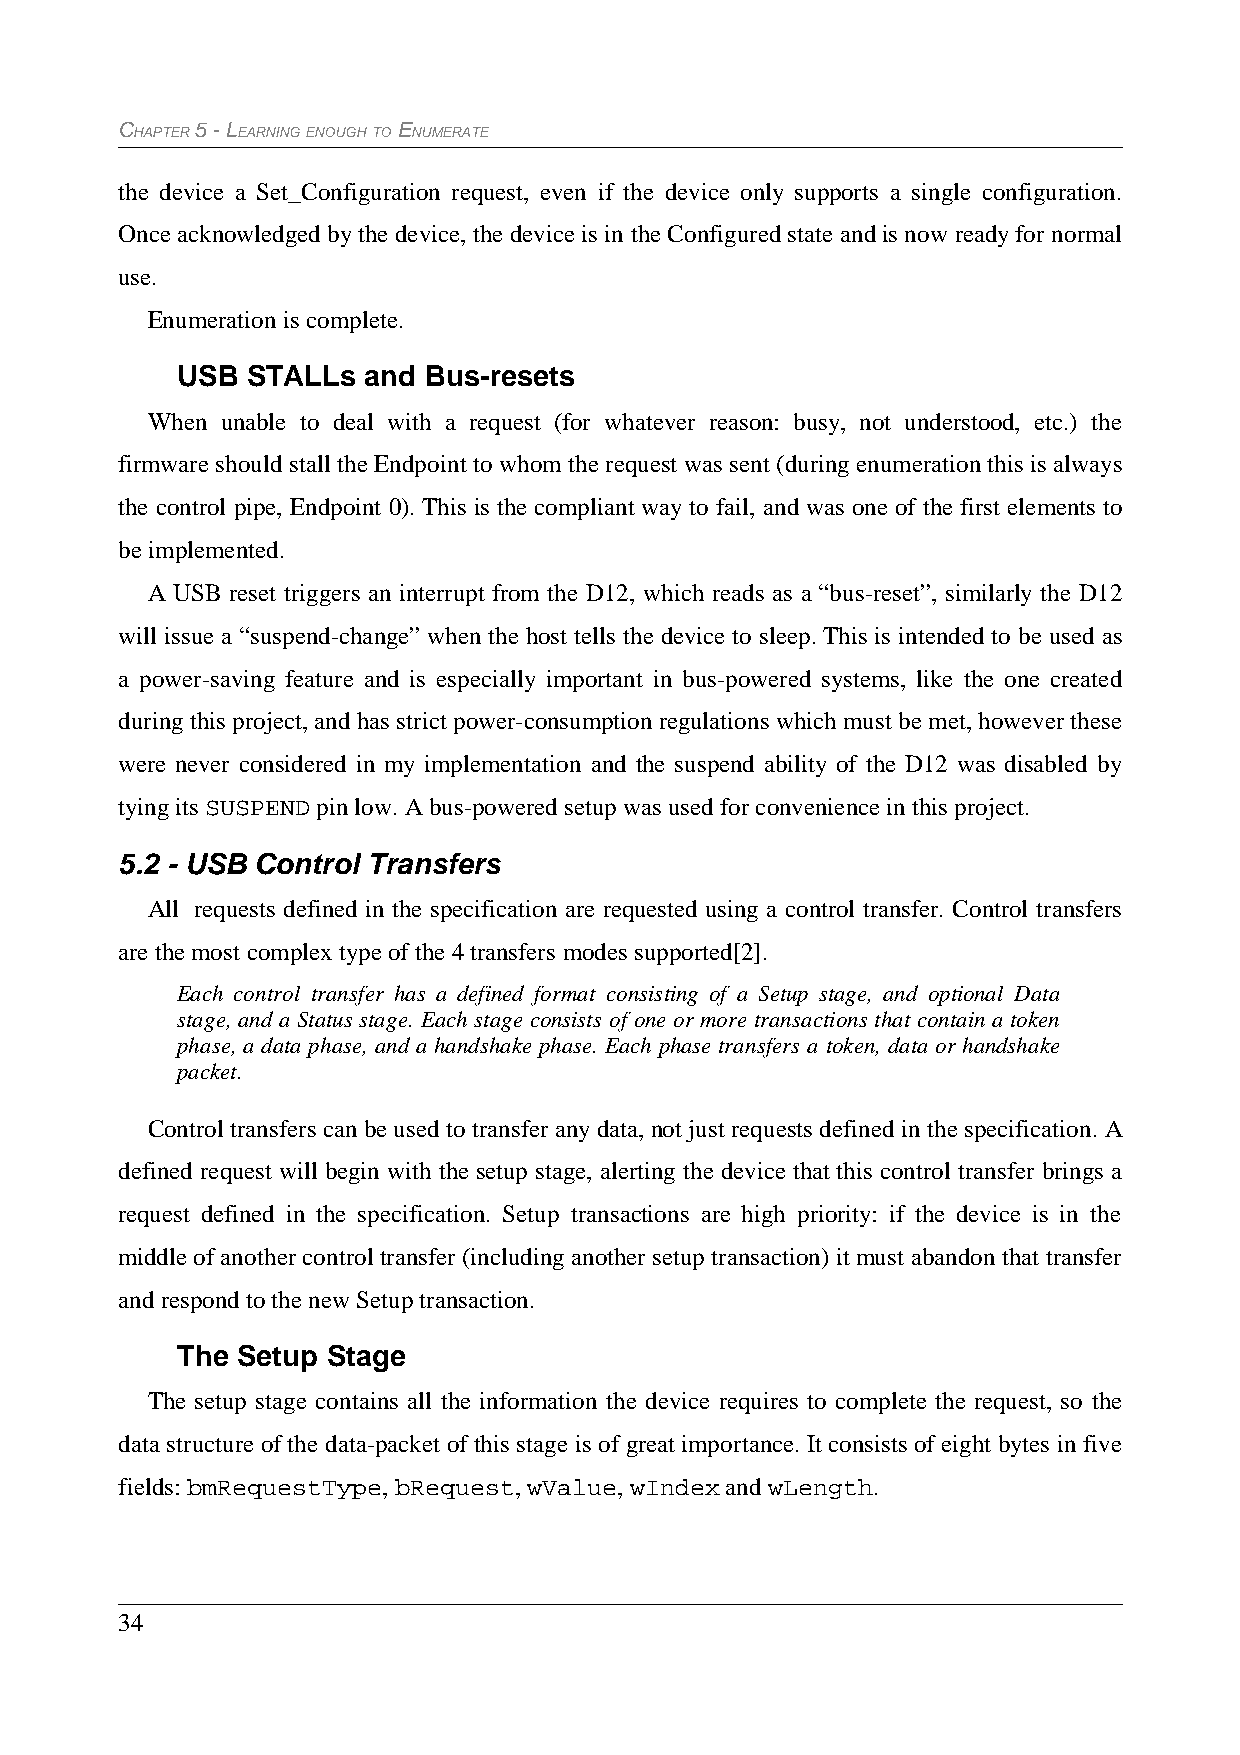
CHAPTER 5 - LEARNING ENOUGH TO ENUMERATE
 the device a Set_Configuration request, even if the device only supports a single configuration.
 Once acknowledged by the device, the device is in the Configured state and is now ready for normal
 use.
 Enumeration is complete.
 USB STALLs  and Bus-resets
 When unable to deal with a request (for whatever reason: busy, not understood, etc.) the
 firmware should stall the Endpoint to whom the request was sent (during enumeration this is always
 the control pipe, Endpoint 0). This is the compliant way to fail, and was one of the first elements to
 be implemented.
 A USB reset triggers an interrupt from the D12, which reads as a “bus-reset”, similarly the D12
 will issue a “suspend-change” when the host tells the device to sleep. This is intended to be used as
 a power-saving feature and is especially important in bus-powered systems, like the one created
 during this project, and has strict power-consumption regulations which must be met, however these
 were never considered in my implementation and the suspend ability of the D12 was disabled by
 tying its SUSPEND pin low. A bus-powered setup was used for convenience in this project.
 5.2 - USB Control Transfers
 All requests defined in the specification are requested using a control transfer. Control transfers
 are the most complex type of the 4 transfers modes supported[2].
 Each control transfer has a defined format consisting of a Setup stage, and optional Data
 stage, and a Status stage. Each stage consists of one or more transactions that contain a token
 phase, a data phase, and a handshake phase. Each phase transfers a token, data or handshake
 packet.
 Control transfers can be used to transfer any data, not just requests defined in the specification. A
 defined request will begin with the setup stage, alerting the device that this control transfer brings a
 request defined in the specification. Setup transactions are high priority: if the device is in the
 middle of another control transfer (including another setup transaction) it must abandon that transfer
 and respond to the new Setup transaction.
 The Setup Stage
 The setup stage contains all the information the device requires to complete the request, so the
 data structure of the data-packet of this stage is of great importance. It consists of eight bytes in five
 fields: bmRequestType, bRequest, wValue, wIndex and wLength.
 34